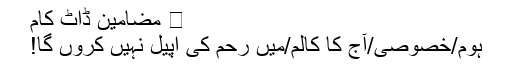
⋆ مضامین ڈاٹ کام
ہوم/خصوصی/آج کا کالم/میں رحم کی اپیل نہیں کروں گا!